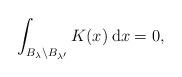
LaTeX: \begin{align*}\int_{B_{\lambda} \setminus B_{\lambda'}} K(x) {\: \rm d}x = 0,\end{align*}